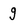
Character: g